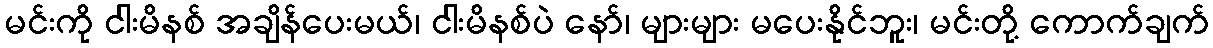
မင်းကို ငါးမိနစ် အချိန်ပေးမယ်၊ ငါးမိနစ်ပဲ နော်၊ များများ မပေးနိုင်ဘူး၊ မင်းတို့ ကောက်ချက်